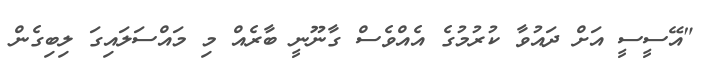
"އޭސީސީ އަށް ދައުވާ ކުރުމުގެ އެއްވެސް ގާނޫނީ ބާރެއް މި މައްސަލައިގަ ލިބިގެން